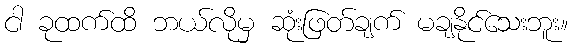
ငါ ခုထက်ထိ ဘယ်လိုမှ ဆုံးဖြတ်ချက် မချနိုင်သေးဘူး။